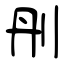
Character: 刐